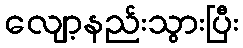
လျော့နည်းသွားပြီး